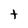
Character: t